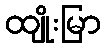
ထျိုးမြာ